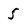
Character: 5